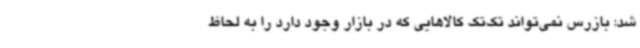
شد: بازرس نمی‌تواند تک‌تک کالاهایی که در بازار وجود دارد را به لحاظ